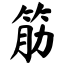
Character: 筋